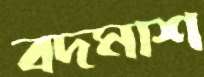
বদমাশ